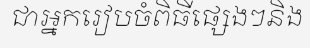
ជាអ្នករៀបចំពិធីផ្សេងៗនិង